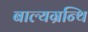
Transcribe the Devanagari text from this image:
बाल्यग्रन्थि